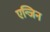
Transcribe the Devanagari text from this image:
एन्जिन